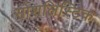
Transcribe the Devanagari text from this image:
सोशलिस्टिक